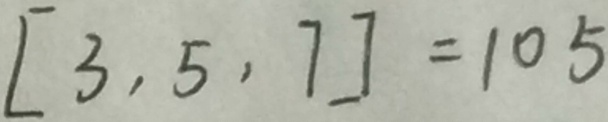
[ 3 , 5 , 7 ] = 1 0 5